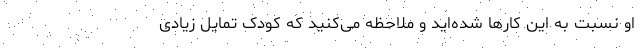
او نسبت به این کارها شده‌اید و ملاحظه می‌کنید که کودک تمایل زیادی